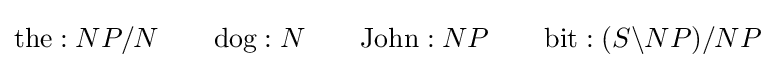
{\text{the}}:NP/N\qquad {\text{dog}}:N\qquad {\text{John}}:NP\qquad {\text{bit}}:(S\backslash NP)/NP